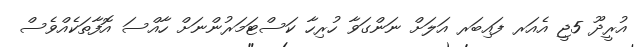
އުރީދޫ 5ޖީ އެއަރ ފައިބަރ އަލަށް ނަންގަވާ ހުރިހާ ކަސްޓަމަރުންނަށް ހާއްސަ އޮފާތަކެއްވެސް